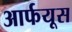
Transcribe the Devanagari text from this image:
आर्फयूस